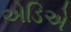
એડિએ